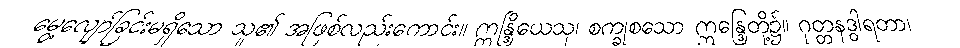
မွေ့လျော်ခြင်းမရှိသော သူ၏ အဖြစ်လည်းကောင်း။ ဣန္ဒြိယေသု၊ စက္ခုစသော ဣန္ဒြေတို့၌။ ဂုတ္တနဒွါရတာ၊